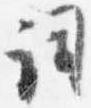
詞